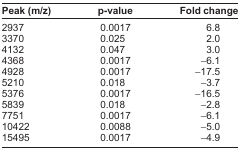
<table><thead><tr><td><b>Peak (m/z)</b></td><td><b>p-value</b></td><td><b>Fold change</b></td></tr></thead><tbody><tr><td>2937</td><td>0.0017</td><td>6.8</td></tr><tr><td>3370</td><td>0.025</td><td>2.0</td></tr><tr><td>4132</td><td>0.047</td><td>3.0</td></tr><tr><td>4368</td><td>0.0017</td><td>−6.1</td></tr><tr><td>4928</td><td>0.0017</td><td>−17.5</td></tr><tr><td>5210</td><td>0.018</td><td>−3.7</td></tr><tr><td>5376</td><td>0.0017</td><td>−16.5</td></tr><tr><td>5839</td><td>0.018</td><td>−2.8</td></tr><tr><td>7751</td><td>0.0017</td><td>−6.1</td></tr><tr><td>10422</td><td>0.0088</td><td>−5.0</td></tr><tr><td>15495</td><td>0.0017</td><td>−4.9</td></tr></tbody></table>